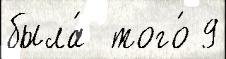
была́  того́ 9